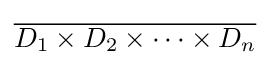
{\overline {D_{1}\times D_{2}\times \cdots \times D_{n}}}